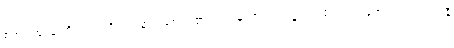
စတုတ္ထဈာန် တို့သည်။ ဝိပဿနာယစေဝ၊ ၏လည်းကောင်း။ ဝဋ္ဋဿ၊ ၏လည်းကောင်း။ ပါဒကာနိ